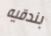
بندقيه